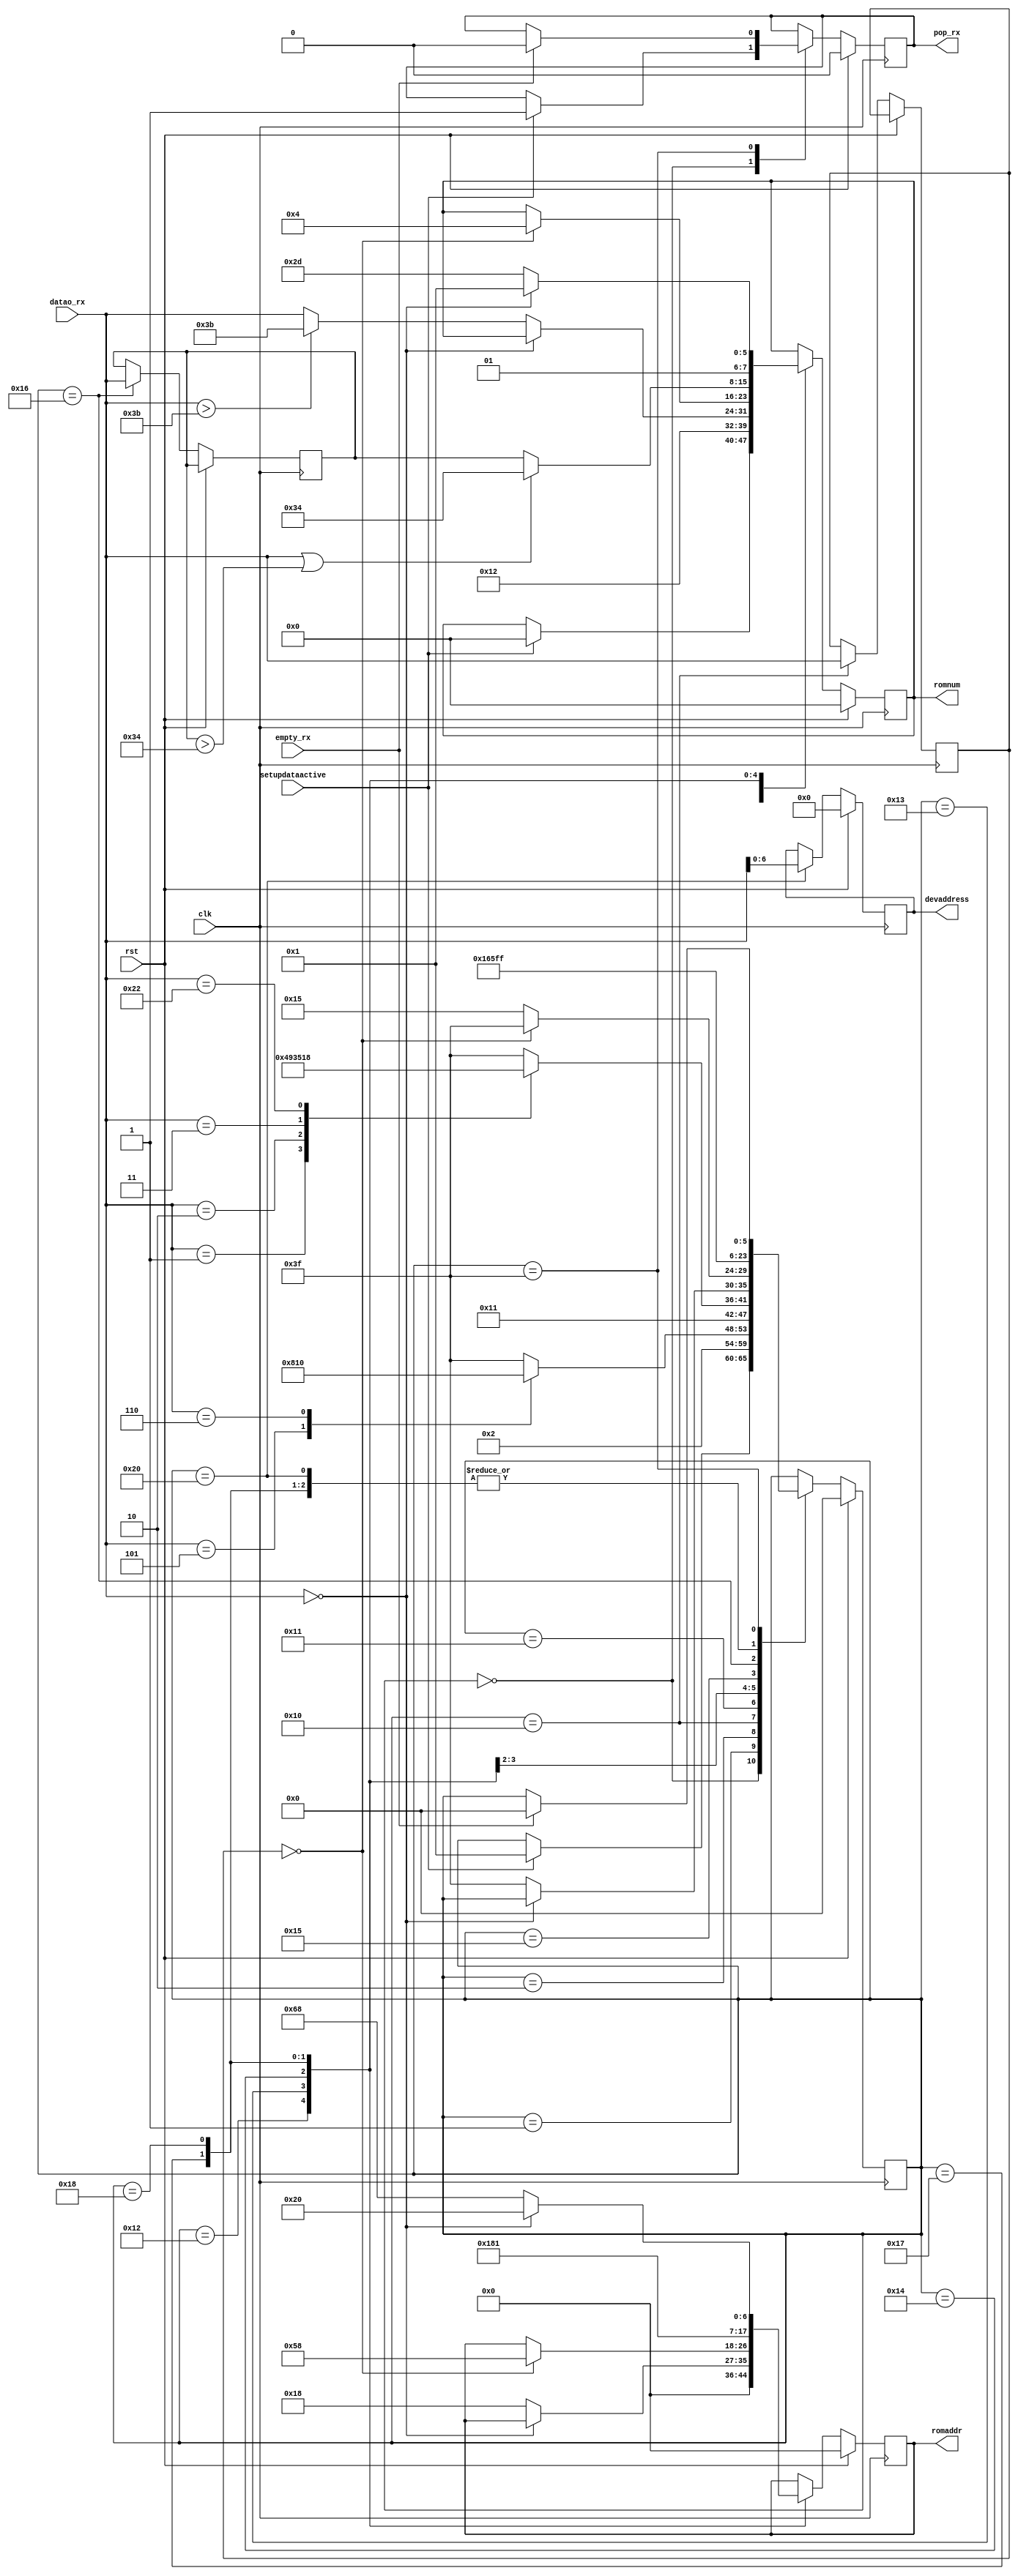
module usb_stdrequest(
	input clk
	,input rst
	
	,output reg pop_rx
	,input empty_rx
	,input [7:0] datao_rx
	
	,input setupdataactive
	,output reg[8:0] romaddr
	,output reg[7:0] romnum
	,output reg[6:0] devaddress
);

localparam 	REQ_IDLE=6'h00;
localparam  REQ_BMREQ=6'h01;
localparam 	REQSRC=6'h02;

localparam 	REQGETDES=6'h10;
localparam 	REQGETDES2=6'h11;
localparam 	REQGETDEVDES=6'h12;
localparam  REQGETCONDES=6'h13;
localparam  REQGETSTRDES=6'h14;
localparam  REQGETSTRDESFULL=6'h15;
localparam  REQGETSTRDESFULL2=6'h16;
localparam  REQGETSTRDESFULL3=6'h17;
localparam  REQGETINTFDES=6'h18;

localparam 	REQSETADDR=6'h20;

localparam 	REQ_ABORT=6'h3f;
localparam  REQO=6'h3e;
	
reg[5:0] reqstate;
reg[7:0] bmreq;
reg[7:0] desindex;
reg[7:0] wLengthL;
always@(posedge clk)
if(rst)begin
		romaddr<=9'b0;
		romnum<=8'b0;
		devaddress<=7'b0;
		reqstate<=REQ_IDLE;
		pop_rx<=0;
		end
else case(reqstate)
			REQ_IDLE:if(setupdataactive)begin
						romnum<=8'b0;
						reqstate<=REQ_BMREQ;
						pop_rx<=1;
						end
						else reqstate<=reqstate;
			//REQO:reqstate<=REQ_BMREQ;
			REQ_BMREQ:begin
						bmreq<=datao_rx;
						reqstate<=REQSRC;
						end
			REQSRC:case(datao_rx)
						8'h05:reqstate<=REQSETADDR;
						8'h06:reqstate<=REQGETDES;
						default:reqstate<=REQ_ABORT;
					endcase
			REQGETDES:begin
						desindex<=datao_rx;
						reqstate<=REQGETDES2;
						end
			REQGETDES2:case(datao_rx)
						8'h01:reqstate<=REQGETDEVDES;
						8'h02:reqstate<=REQGETCONDES;
						8'h03:reqstate<=REQGETSTRDES;
						8'h22:reqstate<=REQGETINTFDES;
						default:reqstate<=REQ_ABORT;
					endcase
			REQGETDEVDES:begin
							romaddr<=9'b0;
							romnum<=8'd18;
							reqstate<=REQ_ABORT;
							end
			REQGETCONDES:if(datao_rx==8'b0)reqstate<=reqstate;
							else if(datao_rx>8'd59)begin
										romaddr<=9'd24;
										romnum<=8'd59;
										reqstate<=REQ_ABORT;
										end
									else begin
										romaddr<=9'd24;
										romnum<=datao_rx;
										reqstate<=REQ_ABORT;
									end
			REQGETSTRDES:if(desindex==8'b0)begin//STRDESAREA
									romaddr<=9'd88;
									romnum<=8'd4;
									reqstate<=REQ_ABORT;
									end
							else reqstate<=REQGETSTRDESFULL;
			REQGETSTRDESFULL:reqstate<=REQGETSTRDESFULL2;
			REQGETSTRDESFULL2:begin
										wLengthL<=datao_rx;
										reqstate<=REQGETSTRDESFULL3;
										end
			REQGETSTRDESFULL3:if((datao_rx)||(wLengthL>8'd52))begin
										romaddr<=9'd96;
										romnum<=8'd52;
										reqstate<=REQ_ABORT;
										end
									else begin
										romaddr<=9'd96;
										romnum<=wLengthL;
										reqstate<=REQ_ABORT;
										end
			REQGETINTFDES:if(datao_rx==8'b0)begin
									romaddr<=9'd160;
									romnum<=8'd65;
									reqstate<=REQ_ABORT;
									end
								else begin
									romaddr<=9'd232;
									romnum<=8'd109;
									reqstate<=REQ_ABORT;
									end
			
			REQSETADDR:begin
							devaddress<=datao_rx[6:0];
							reqstate<=REQ_ABORT;
							end
							
			REQ_ABORT:if(empty_rx)
							begin
							pop_rx<=0;
							reqstate<=REQ_IDLE;
							end
						else reqstate<=reqstate;
			
			endcase

	
endmodule